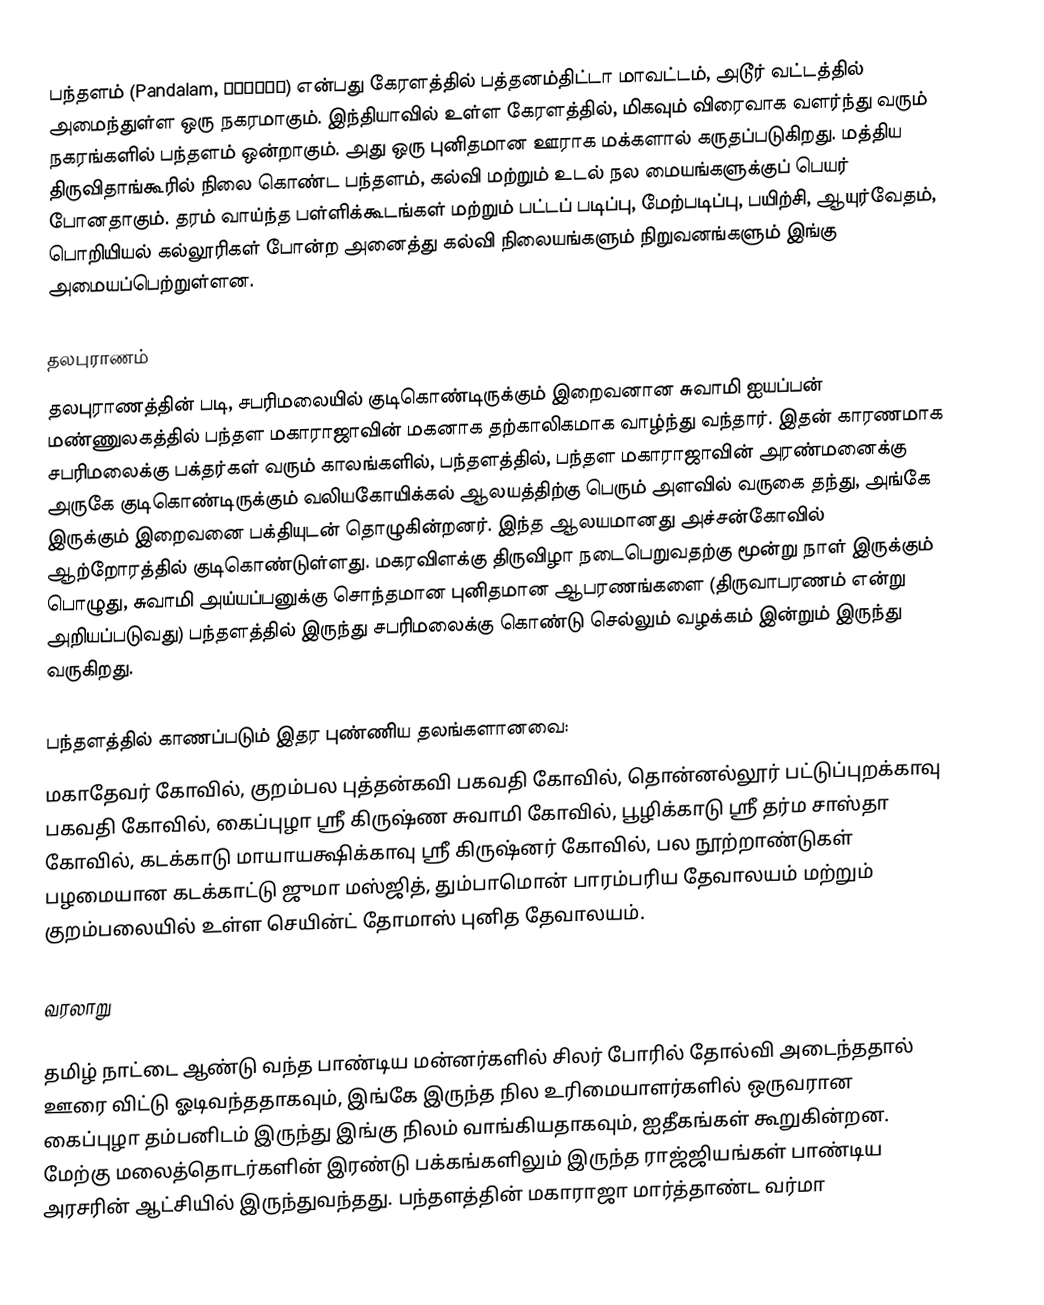
பந்தளம் (Pandalam, പന്തളം) என்பது கேரளத்தில் பத்தனம்திட்டா மாவட்டம்,  அடூர் வட்டத்தில் அமைந்துள்ள ஒரு நகரமாகும். இந்தியாவில் உள்ள கேரளத்தில், மிகவும் விரைவாக வளர்ந்து வரும் நகரங்களில் பந்தளம் ஒன்றாகும். அது ஒரு புனிதமான ஊராக மக்களால் கருதப்படுகிறது. மத்திய திருவிதாங்கூரில் நிலை கொண்ட பந்தளம், கல்வி மற்றும் உடல் நல மையங்களுக்குப் பெயர் போனதாகும். தரம் வாய்ந்த பள்ளிக்கூடங்கள் மற்றும் பட்டப் படிப்பு, மேற்படிப்பு, பயிற்சி, ஆயுர்வேதம், பொறியியல் கல்லூரிகள் போன்ற அனைத்து கல்வி நிலையங்களும் நிறுவனங்களும் இங்கு அமையப்பெற்றுள்ளன.

தலபுராணம்
தலபுராணத்தின் படி, சபரிமலையில் குடிகொண்டிருக்கும் இறைவனான சுவாமி ஐயப்பன் மண்ணுலகத்தில் பந்தள மகாராஜாவின் மகனாக தற்காலிகமாக வாழ்ந்து வந்தார். இதன் காரணமாக சபரிமலைக்கு பக்தர்கள் வரும் காலங்களில், பந்தளத்தில், பந்தள மகாராஜாவின் அரண்மனைக்கு அருகே குடிகொண்டிருக்கும் வலியகோயிக்கல் ஆலயத்திற்கு பெரும் அளவில் வருகை தந்து, அங்கே இருக்கும் இறைவனை பக்தியுடன் தொழுகின்றனர். இந்த ஆலயமானது அச்சன்கோவில் ஆற்றோரத்தில் குடிகொண்டுள்ளது. மகரவிளக்கு திருவிழா நடைபெறுவதற்கு மூன்று நாள் இருக்கும் பொழுது, சுவாமி அய்யப்பனுக்கு சொந்தமான புனிதமான ஆபரணங்களை (திருவாபரணம் என்று அறியப்படுவது) பந்தளத்தில் இருந்து சபரிமலைக்கு கொண்டு செல்லும் வழக்கம் இன்றும் இருந்து வருகிறது. 

பந்தளத்தில் காணப்படும் இதர புண்ணிய தலங்களானவை:
 மகாதேவர் கோவில், குறம்பல புத்தன்கவி பகவதி கோவில், தொன்னல்லூர் பட்டுப்புறக்காவு பகவதி கோவில், கைப்புழா ஸ்ரீ கிருஷ்ண சுவாமி கோவில், பூழிக்காடு ஸ்ரீ தர்ம சாஸ்தா கோவில், கடக்காடு மாயாயக்ஷிக்காவு ஸ்ரீ கிருஷ்னர் கோவில், பல நூற்றாண்டுகள் பழமையான கடக்காட்டு ஜுமா மஸ்ஜித், தும்பாமொன் பாரம்பரிய தேவாலயம் மற்றும் குறம்பலையில் உள்ள செயின்ட் தோமாஸ் புனித தேவாலயம். 

வரலாறு

தமிழ் நாட்டை ஆண்டு வந்த பாண்டிய மன்னர்களில் சிலர் போரில் தோல்வி அடைந்ததால் ஊரை விட்டு ஓடிவந்ததாகவும், இங்கே இருந்த நில உரிமையாளர்களில் ஒருவரான கைப்புழா தம்பனிடம் இருந்து இங்கு நிலம் வாங்கியதாகவும், ஐதீகங்கள் கூறுகின்றன. மேற்கு மலைத்தொடர்களின் இரண்டு பக்கங்களிலும் இருந்த ராஜ்ஜியங்கள் பாண்டிய அரசரின் ஆட்சியில் இருந்துவந்தது. பந்தளத்தின் மகாராஜா மார்த்தாண்ட வர்மா